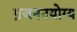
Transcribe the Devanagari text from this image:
प्रजननयोग्य